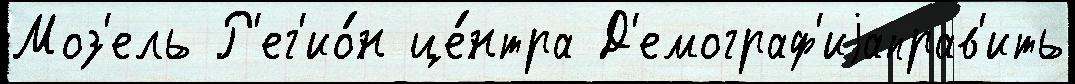
Моз'ель Р'ег'ио́н це́нтра Д'емограф'иjаправ'ить